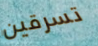
تسرقين